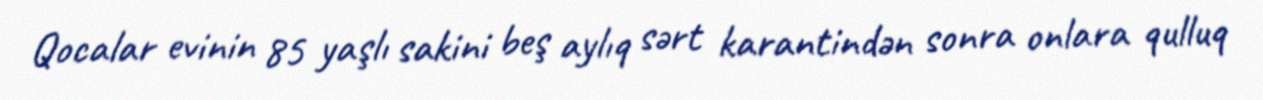
Qocalar evinin 85 yaşlı sakini beş aylıq sərt karantindən sonra onlara qulluq